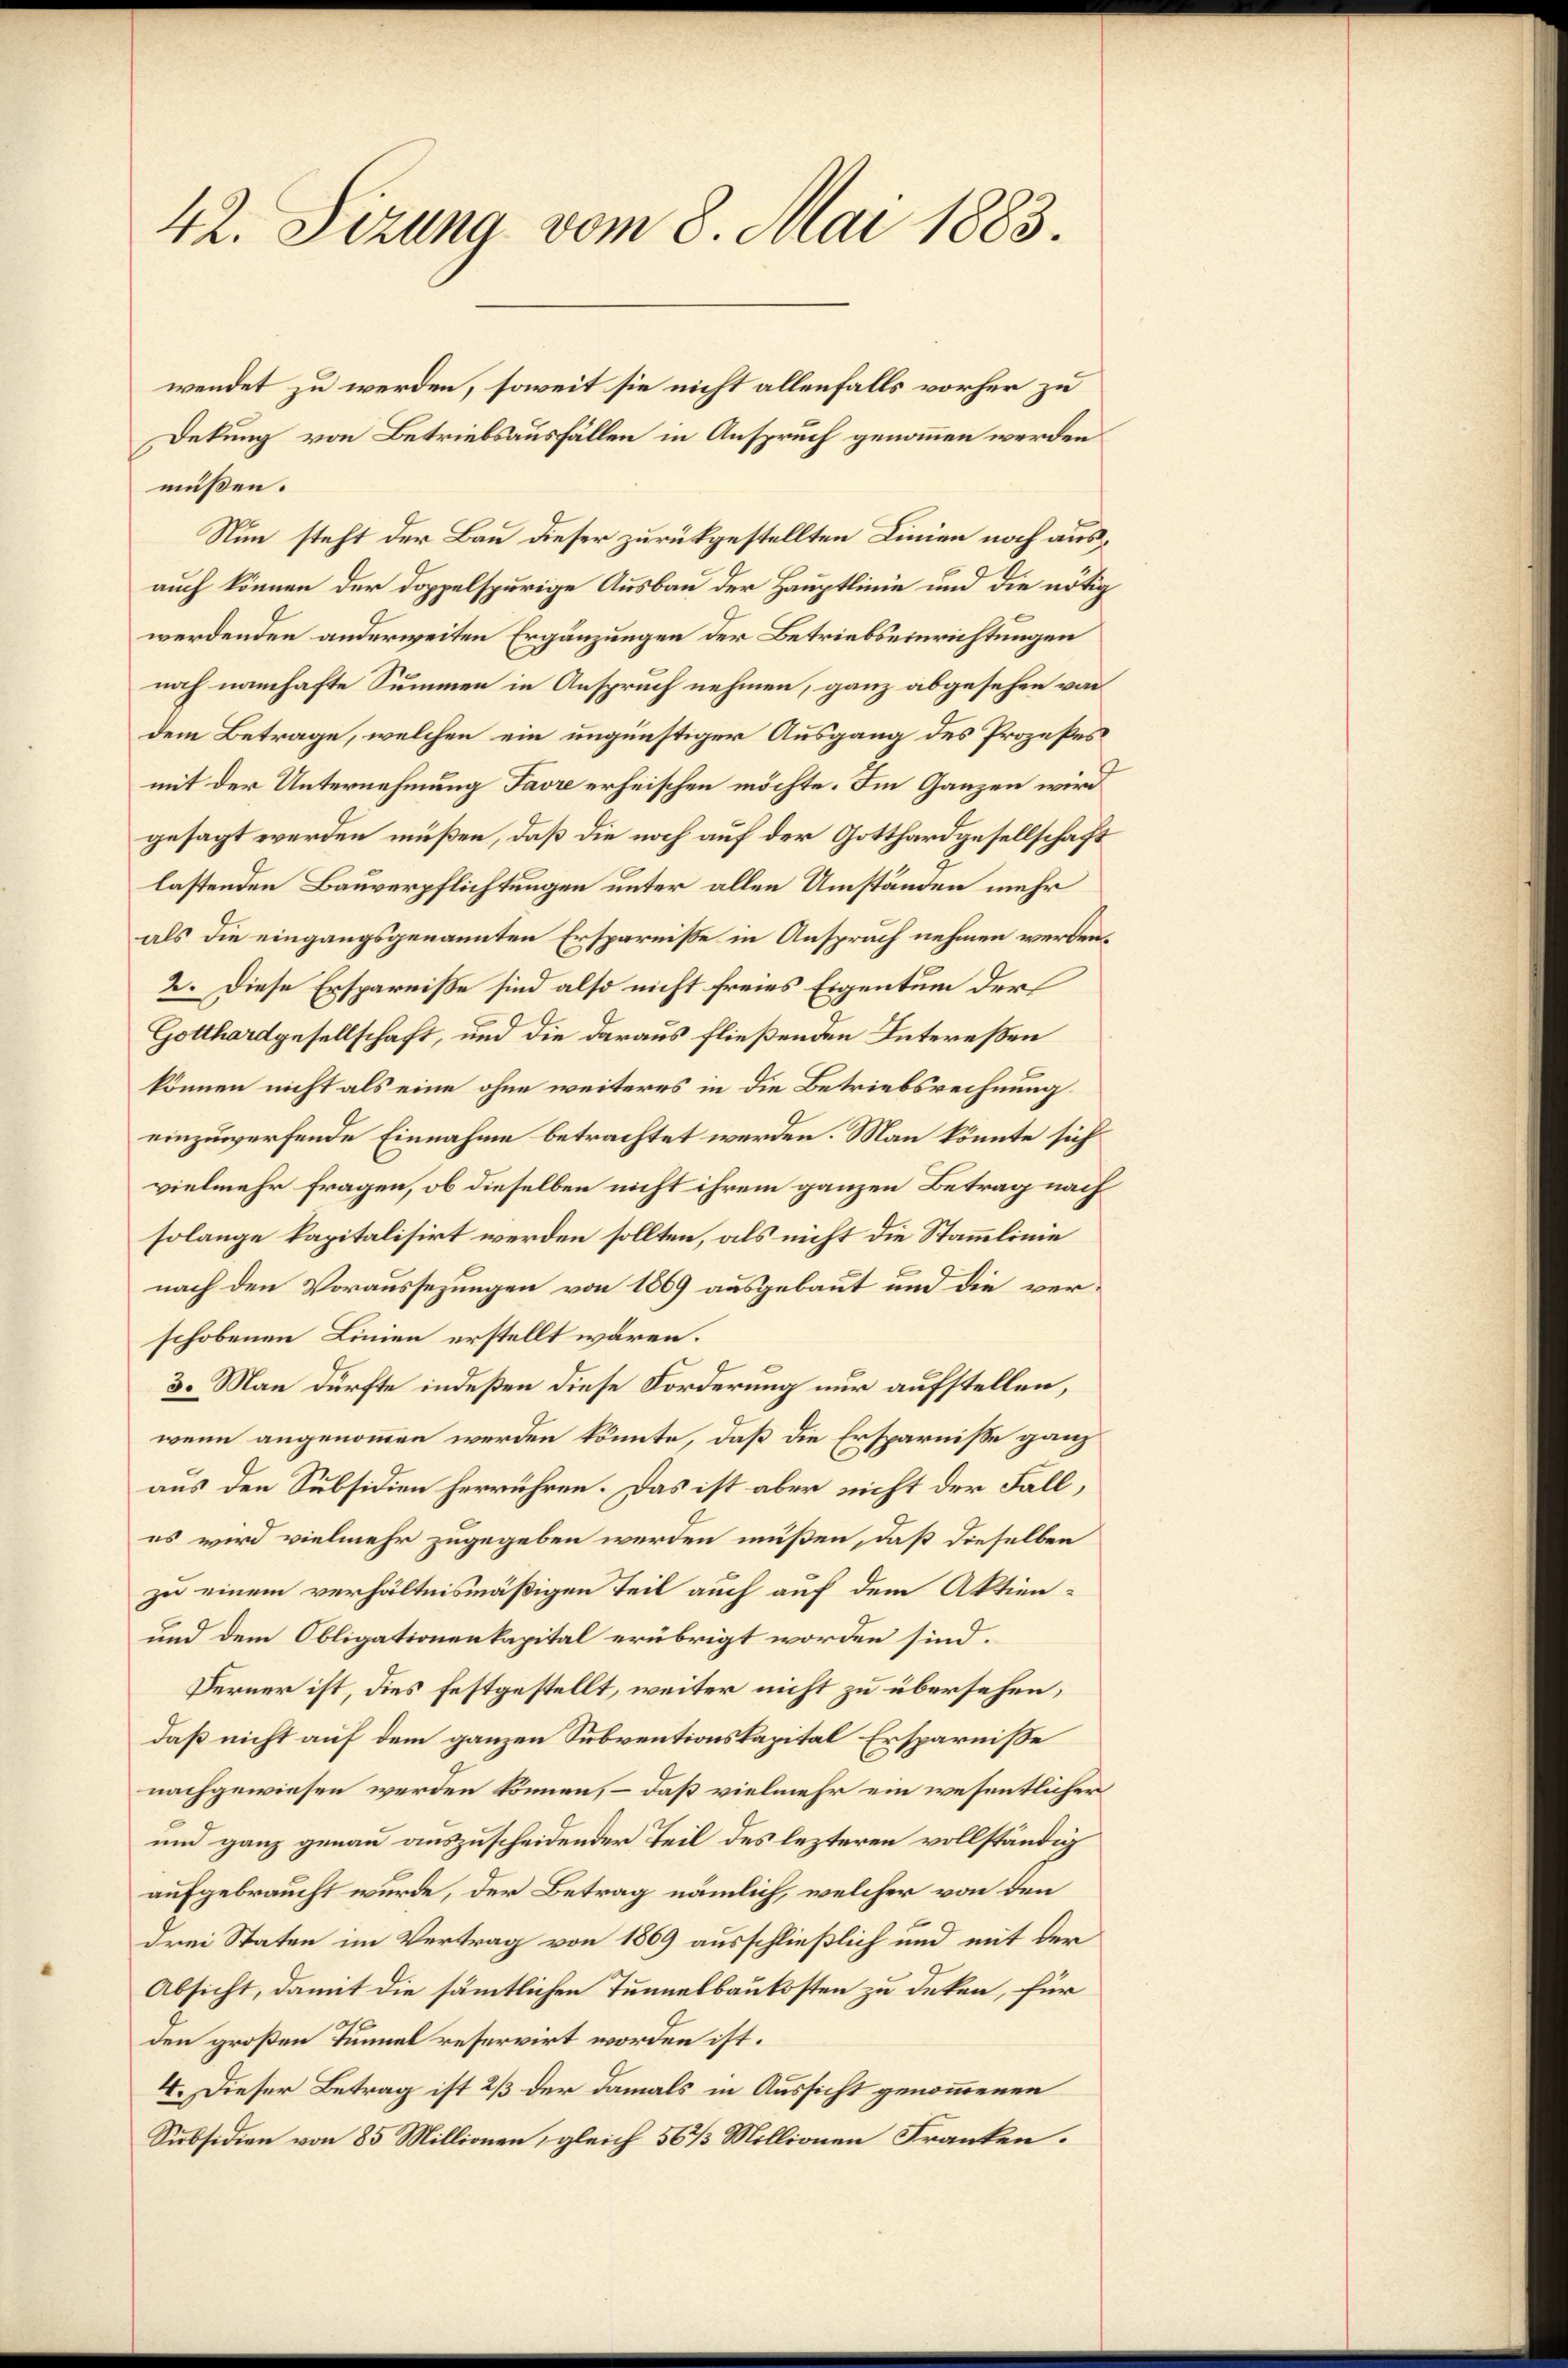
42. Sizung vom 8. Mai 1883.

Dekung von Betriebsausfällen in Anspruch genommen werden
müßen.
Nun steht der Bau dieser zurükgestellten Linien noch ausauch können der doppelspurige Ausbau der Hauptlinie und die nötig
werdenden anderweiten Ergänzungen der Betriebseinrichtungen
noch namhafte Summen in Anspruch nehmen, ganz abgesehen von
dem Betrage, welchen ein ungünstiger Ausgang des Prozeßes
mit der Unternehmung Favre erheischen möchte. Im Ganzen wird
gesagt werden müßen, daß die noch auf der Gotthardgesellschaft
lastenden Bauverpflichtungen unter allen Umständen mehr
als die eingangsgenannten Ersparnisse in Anspruch nehmen werden.
2. Diese Ersparniße sind also nicht freies Eigentum der
Gotthardgesellschaft, und die daraus fließenden Intereßen
können nicht als eine ohne weiteres in die Betriebsrechnung
einzuwerfende Einnahme betrachtet werden. Man könnte sich
vielmehr fragen, ob dieselben nicht ihrem ganzen Betrag nach
solange kapitalisirt werden sollten, als nicht die Stammlinie
nach den Voraussezungen von 1869 ausgebaut und die verschobenen Linien erstellt wären.
3. Man dürfte indeßen diese Forderung nur aufstellen,
wenn angenommen werden könnte, daß die Ersparnisse ganz
aus den Subsidien herrühren. Das ist aber nicht der Fall,
es wird vielmehr zugegeben werden müßen, daß dieselben
zu einem verhältnismäßigen Teil auch auf dem Aktien¬
und dem Obligationenkapital erübrigt worden sind.
Ferner ist, dies festgestellt, weiter nicht zu übersehen,
daß nicht auf dem ganzen Subventionskapital Ersparnisse
nachgewiesen werden können, – daß vielmehr ein wesentlicher
und ganz genau auszuscheidender Teil des lezteren vollständig
aufgebraucht wurde, der Betrag nämlich, welcher von den
drei Staten im Vertrag von 1869 ausschließlich und mit der
Absicht, damit die sämmtlichen Tunnelbaukosten zu deken, für
den großen Tunnel reservirt worden ist.
4. Dieser Betrag ist 2/3 der damals in Aussicht genommenen
Subsidien von 85 Millionen, gleich 56 1/3 Millionen Franken.

wendet zu werden, soweit sie nicht allenfalls vorher zu